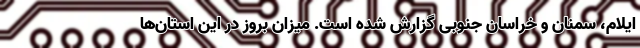
ایلام، سمنان و خراسان جنوبی گزارش شده است. میزان بروز در این استان‌ها